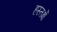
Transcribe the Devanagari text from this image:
हस्तर्क्षे